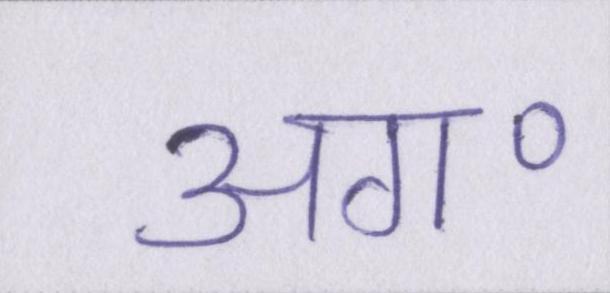
अग॰